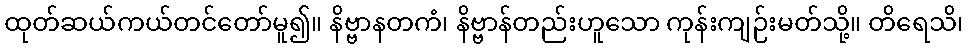
ထုတ်ဆယ်ကယ်တင်တော်မူ၍။ နိဗ္ဗာနတကံ၊ နိဗ္ဗာန်တည်းဟူသော ကုန်းကျဉ်းမတ်သို့။ တိရေသိ၊